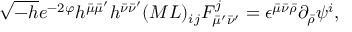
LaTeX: \sqrt { - h } e ^ { - 2 \varphi } h ^ { \bar { \mu } \bar { \mu } ^ { \prime } } h ^ { \bar { \nu } \bar { \nu } ^ { \prime } } ( M L ) _ { i j } { \cal F } _ { \bar { \mu } ^ { \prime } \bar { \nu } ^ { \prime } } ^ { j } = \epsilon ^ { \bar { \mu } \bar { \nu } \bar { \rho } } \partial _ { \bar { \rho } } \psi ^ { i } ,